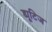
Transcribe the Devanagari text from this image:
ड्यूटिज